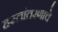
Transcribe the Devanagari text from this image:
हस्तांतरणाचे